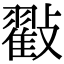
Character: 㪬